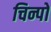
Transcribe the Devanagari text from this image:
चिन्पो